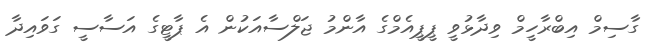
ގާސިމް އިބްރާހީމް ވިދާޅުވީ ޕީޕީއެމްގެ އާންމު ޖަލްސާއަކުން އެ ޕާޓީގެ އަސާސީ ގަވައިދާ